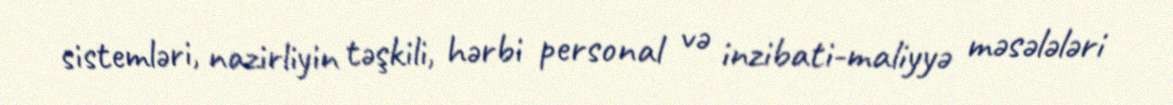
sistemləri, nazirliyin təşkili, hərbi personal və inzibati-maliyyə məsələləri